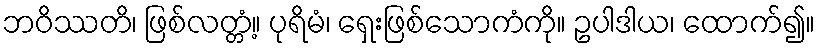
ဘဝိဿတိ၊ ဖြစ်လတ္တံ့။ ပုရိမံ၊ ရှေးဖြစ်သောကံကို။ ဥပါဒါယ၊ ထောက်၍။